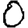
Digit: 0